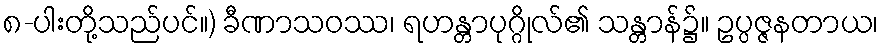
၈-ပါးတို့သည်ပင်။) ခီဏာသဝဿ၊ ရဟန္တာပုဂ္ဂိုလ်၏ သန္တာန်၌။ ဥပ္ပဇ္ဇနတာယ၊